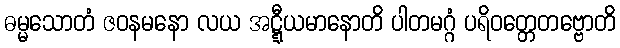
ဓမ္မသောတံ ဇဝနမနော လယ အဋ္ဋီယမာနောတိ ပါတမဂ္ဂံ ပရိဝတ္တေတဗ္ဗောတိ